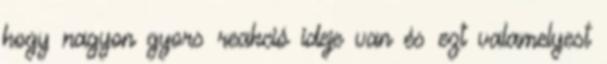
hogy nagyon gyors reakció ideje van és ezt valamelyest